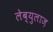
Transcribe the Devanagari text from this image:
लेब्युलाज़